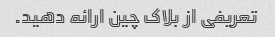
تعریفی از بلاک چین ارائه دهید.